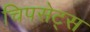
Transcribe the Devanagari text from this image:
चिपसेट्स